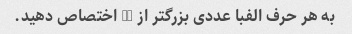
به هر حرف الفبا عددی بزرگتر از 10 اختصاص دهید.